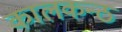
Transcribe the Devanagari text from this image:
कालकन्ठ